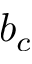
b _ { c }